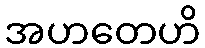
အဟတေဟိ